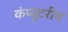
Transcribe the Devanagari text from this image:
कंप्यूटरीय